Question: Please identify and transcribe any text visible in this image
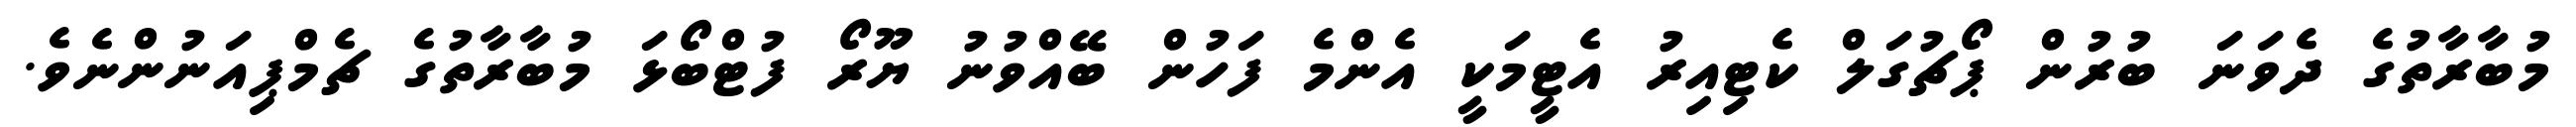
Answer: މުބާރާތުގެ ދެވަނަ ބުރުން ޕޯޗުގަލް ކެޓިއިރު އެޓީމަކީ އެންމެ ފަހުން ބޭއްވުނު ޔޫރޯ ފުޓްބޯޅަ މުބާރާތުގެ ޗެމްޕިއަނުންނެވެ.